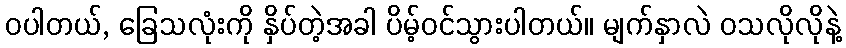
ဝပါတယ်, ခြေသလုံးကို နှိပ်တဲ့အခါ ပိမ့်ဝင်သွားပါတယ်။ မျက်နှာလဲ ဝသလိုလိုနဲ့